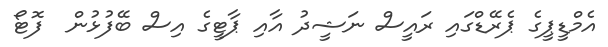
އެމްޑީޕީގެ ޕެރޭޑްގައި ރައީސް ނަޝީދު އާއި ޕާޓީގެ އިސް ބޭފުޅުން  ފޮޓޯ